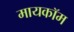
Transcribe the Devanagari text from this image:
मायकॉम